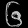
Digit: ၆